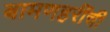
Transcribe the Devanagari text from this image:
बामणहरींची